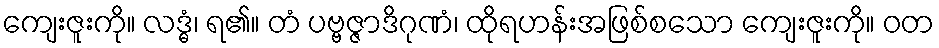
ကျေးဇူးကို။ လဒ္ဓံ၊ ရ၏။ တံ ပဗ္ဗဇ္ဇာဒိဂုဏံ၊ ထိုရဟန်းအဖြစ်စသော ကျေးဇူးကို။ ဝတ